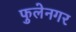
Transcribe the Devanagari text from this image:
फुलेनगर